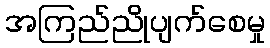
အကြည်ညိုပျက်စေမှု